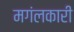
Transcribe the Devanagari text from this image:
मगंलकारी